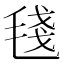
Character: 𣮏